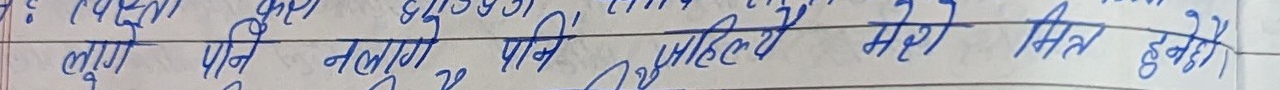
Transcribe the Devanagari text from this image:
खूप पनि नलागे पाए महलिए मेरे हित हुने